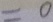
= 0